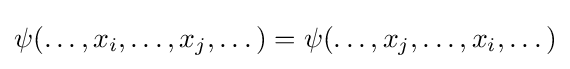
\psi (\dots ,x_{i},\dots ,x_{j},\dots )=\psi (\dots ,x_{j},\dots ,x_{i},\dots )